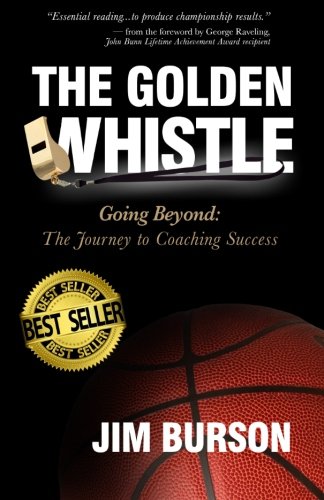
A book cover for The Golden Whistle: Going Beyond: The Journey to Coaching Success; Jim Burson; Sports & Outdoors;